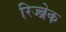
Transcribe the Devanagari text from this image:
रिज्ब्रेक